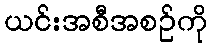
ယင်းအစီအစဉ်ကို